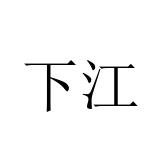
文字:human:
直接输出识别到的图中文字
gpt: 下江